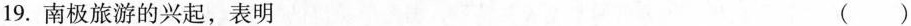
19.南极旅游的兴起，表明 ()